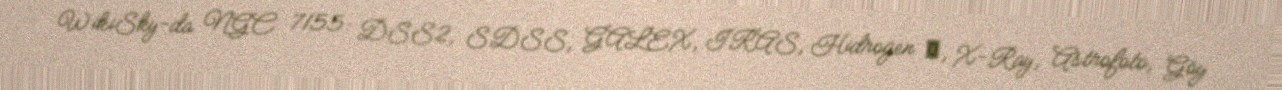
WikiSky-da NGC 7155: DSS2, SDSS, GALEX, IRAS, Hidrogen α, X-Ray, Astrofoto, Göy